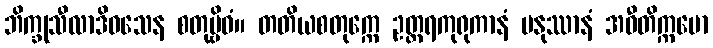
ဘိက္ခုသီလာဒိဝသေန စတုဗ္ဗိဓံ။ တတိယစတုက္ကေ ဥတ္တရကုရုကာနံ မနုဿာနံ အဝီတိက္ကမော